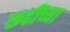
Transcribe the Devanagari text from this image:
रूढींच्या